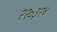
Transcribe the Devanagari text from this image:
२२०३२४